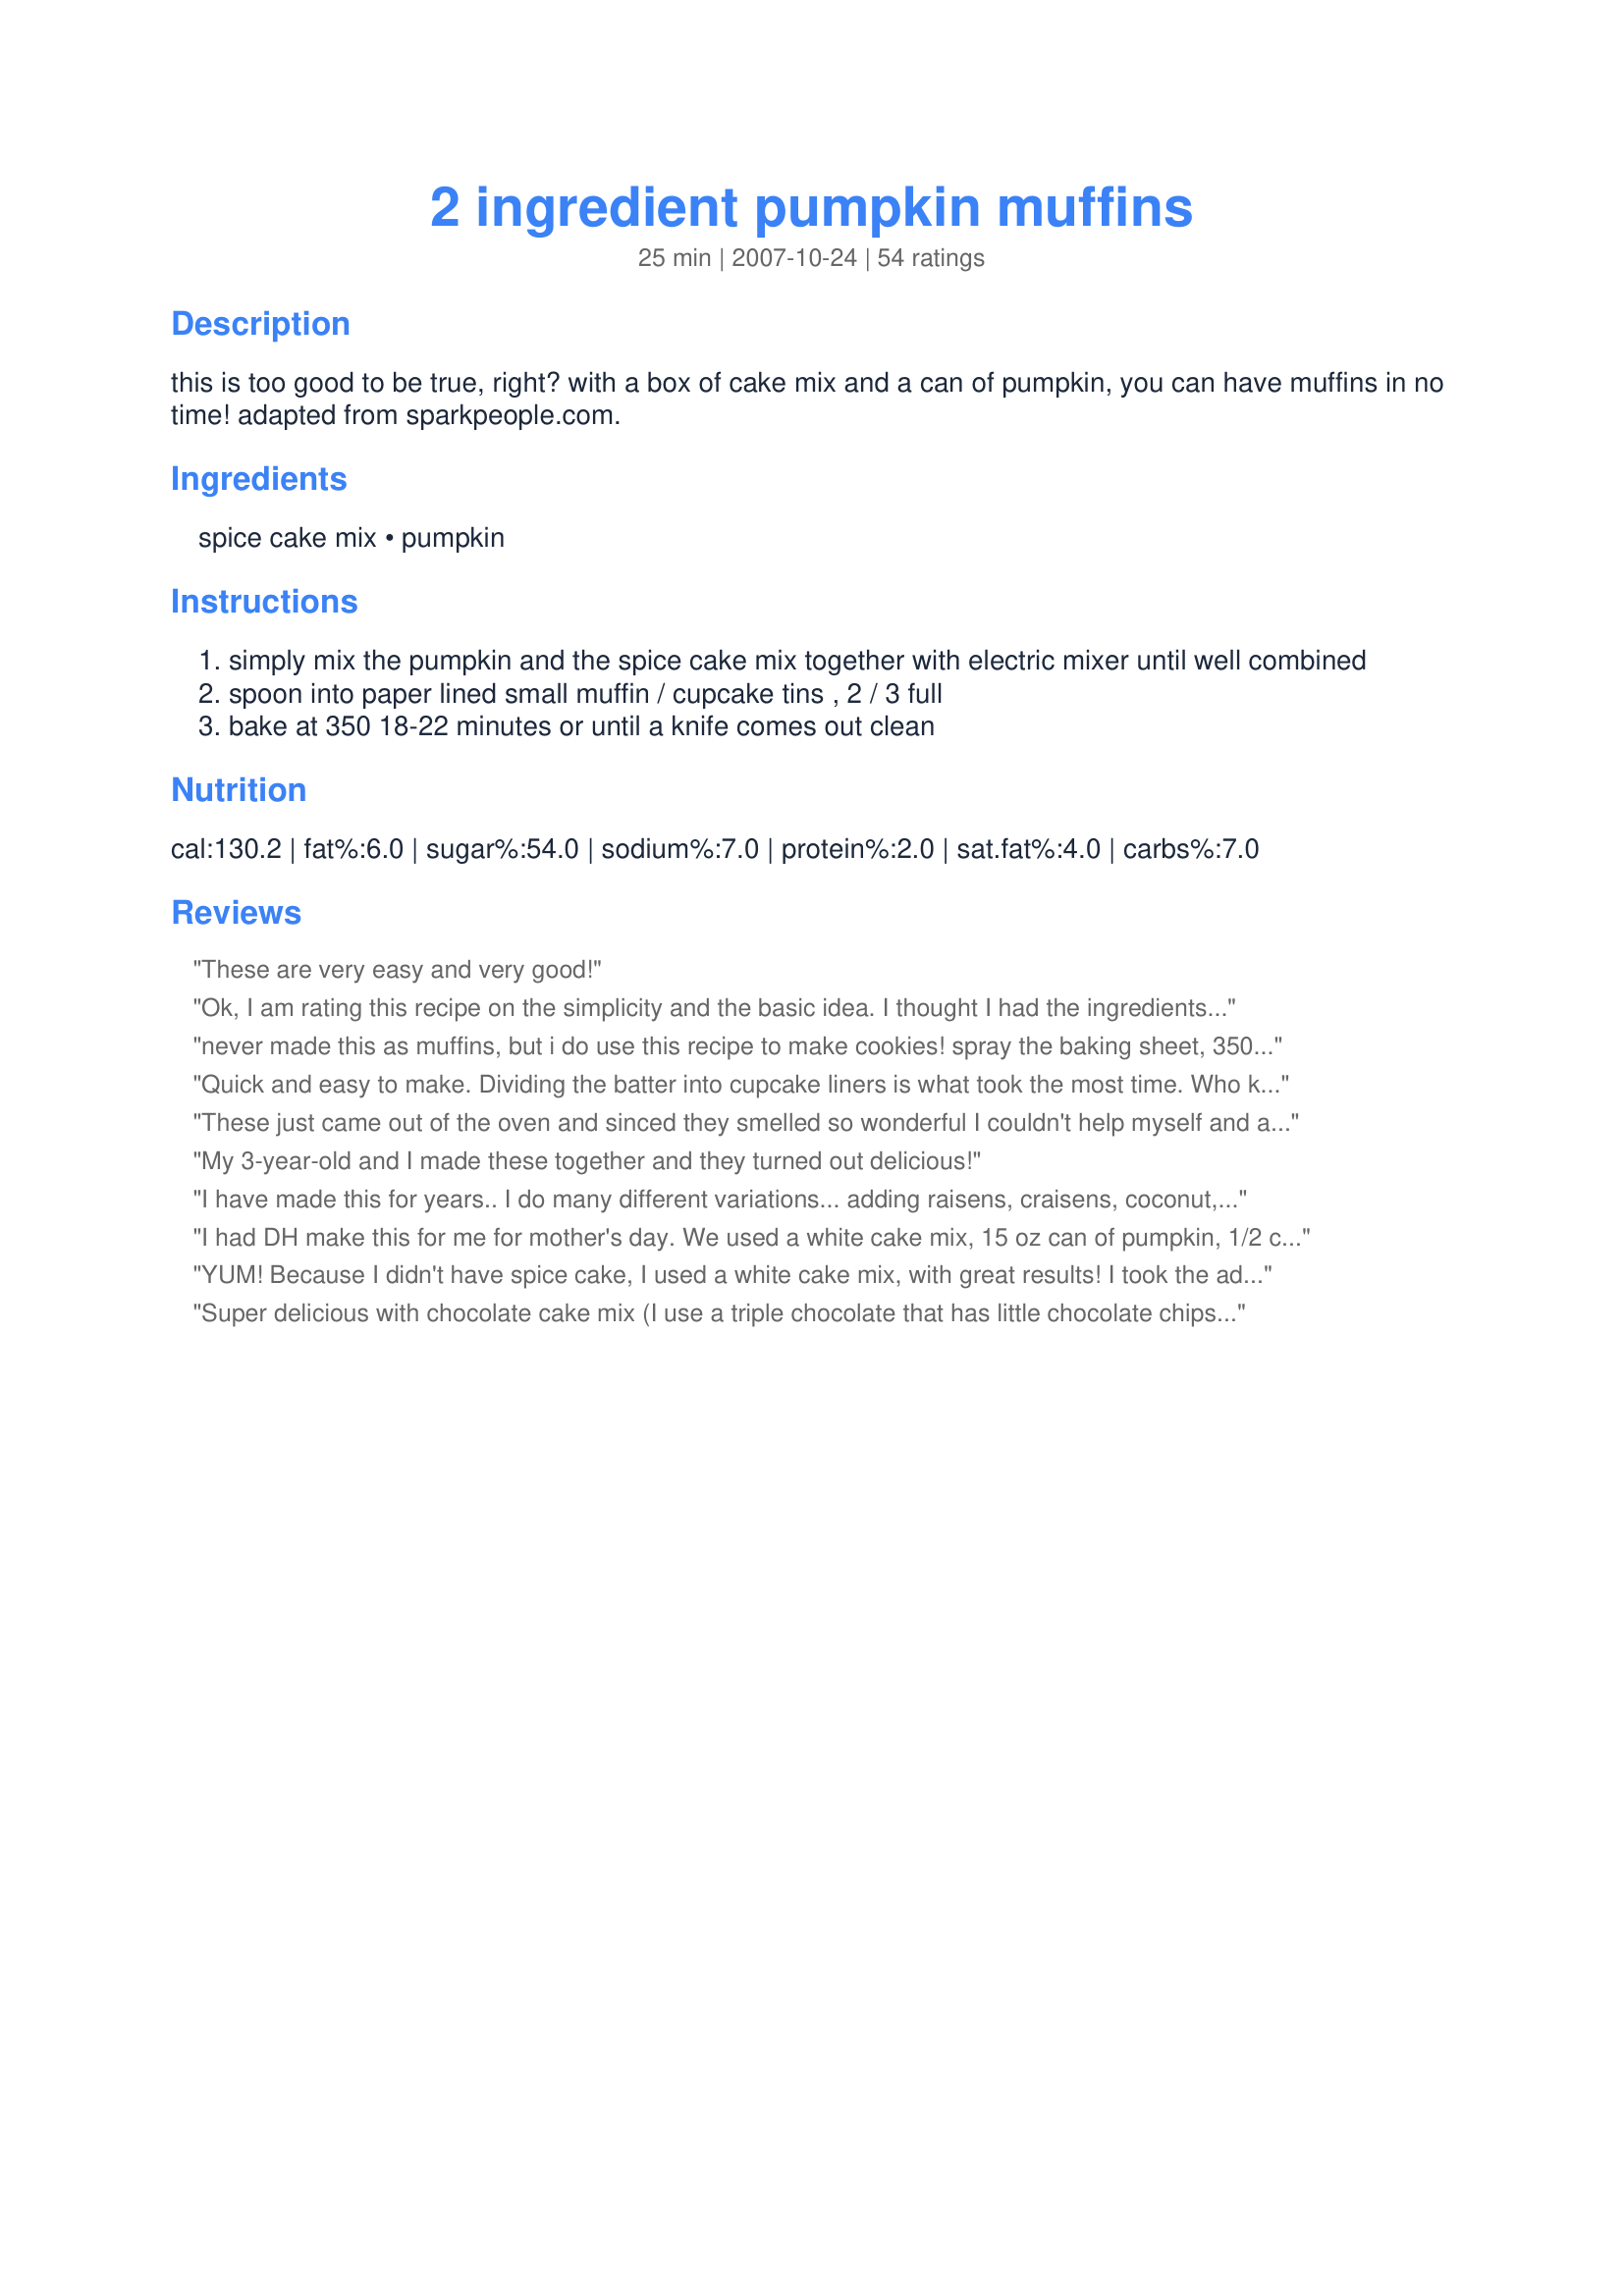
2 ingredient pumpkin muffins
Preparation time: 25 minutes

this is too good to be true, right? with a box of cake mix and a can of pumpkin, you can have muffins in no time! adapted from sparkpeople.com.

Ingredients:
spice cake mix, pumpkin

Steps:
simply mix the pumpkin and the spice cake mix together with electric mixer until well combined
spoon into paper lined small muffin / cupcake tins , 2 / 3 full
bake at 350 18-22 minutes or until a knife comes out clean

Reviews:
These are very easy and very good!
Ok, I am rating this recipe on the simplicity and the basic idea. I thought I had the ingredients on hand (I mean, come on, there's only two of them!), but alas I only had pumpkin pie mix. Soooo, what I decided to do was use the pumpkin pie mix that has all of the spices and sub a yellow cake mix for the spice cake mix! Worked like a charm! These are so moist and delicious! I can't wait to try with other flavor combinations. Thanks so much!
never made this as muffins, but i do use this recipe to make cookies! spray the baking sheet, 350 degrees, about 10 minutes. makes a very soft cookie, sprinkle with powdered sugar when cooled. great with coffee.
Quick and easy to make. Dividing the batter into cupcake liners is what took the most time. Who knew something so simple to whip up would be so tasty to eat.
These just came out of the oven and sinced they smelled so wonderful I couldn't help myself and ate one hot. WASN'T dissapointed! I was very skeptical about this recipe. I have made choc-chip cookies with a cake mix but they came out awful but these are so moist and have a wonderful texture. As an added bonus SO easy. Thanks so much!
My 3-year-old and I made these together and they turned out delicious!
I have made this for years.. I do many different variations... adding raisens, craisens, coconut, nuts and glaze. They are always moist and delicious. The only thing I have never done is put them in muffin form. I usually use a small ice cream scoop and put on a pan so they make little cake like cookies.
I had DH make this for me for mother's day. We used a white cake mix, 15 oz can of pumpkin, 1/2 c. water, and a few spices. I asked for it because I'm following weight watchers and this is a pretty low-cal treat. The whole family loved it. Plus it's fool-proof.
YUM! Because I didn't have spice cake, I used a white cake mix, with great results! I took the advice of previous reviews and added some cinnamon and pumpkin pie spice. Then for a little more moistness, I added about a 1/4 C apple butter. Thanks for a keeper!
Super delicious with chocolate cake mix (I use a triple chocolate that has little chocolate chips in them). I add 1/4 c water (no more than that) to make them a little easier to scoop. I make these by the truckload and give them out to my very appreciative neighbors. Moist and chocolatey without being super sweet. And it's practically a vegetable :o)
I&#039;m no cook but I do very occasionally bake so I thought I&#039;d give these a try and they came out just fine. Another review said it was too hard to mix but using a hand blender worked just fine. Next time I would use a spice cake mix instead of yellow cake and add pumpkin pie spice. They&#039;re not super sweet so I think a vanilla glaze would be good too. Otherwise they&#039;re pretty tasty and, of course, super easy.
I used carrot cake mix instead of spice and added raisins, yummy!
Very good and easy to make. Thanks!
I made these exactly as the recipe instructed, and I was a bit disappointed. The muffins taste pretty bland, and are somewhat dry. My husband said they'd be OK with coffee, probably. If I make them again, I'll add a few more ingredients, maybe more pumpkin pie spices or apple sauce...something to give them more flavor and moisture.
Amazing! While still warm, try slathering them with cheesecake flavor cream cheese. WOW!!!!
These are incredible! So easy and so delicious! I added some nutmeg, cinnamon, cloves and chocolate chips. Yummy!
I really wanted to love these, because I love pumpkin. Followed directions, added a little cinnamon per some reviewers' advice. Unfortunately, they did not turn out well for me.
Delicious and SO easy! I added a couple sprinkles of cinnamon and pumpkin pie spice plus a little under 1/4 cup of pumpkin spice coffee creamer. I made some regular muffins and some mini-muffins; I used a little mini ice-cream scooper for filling the mini-muffins and it was sooo much easier. The minis cooked for 18 minutes, the regulars cooked for about 24 minutes. Thanks so much for this great recipe!!
My family did not like these they were toooo heavy. Box of cake and can of pumpkin wasted. We really wanted to love this because of the two ingredient factor. Sorry!
Very easy. I used 15 oz of canned pumpkin pie mix and yellow cake mix. Very moist! Added raisins and pecans. Drizzled sour cream icing on top of muffin. Wonderful!
WOW! All that flavor with only 2 ingredients!?! I did "kick" these muffins up a bit by making a cheesecake like filling then topping them with a brown sugar mix. Doing that reminded me of starbucks pumpkin muffins. But sssoooo much tastier. I made two plain muffins which were still very good. My husband wanted to eat the mix! I have 6 words to describe these muffins..... Easy Easy Easy and Tasty Tasty Tasty:D
Made these tonight with a yellow cake mix and added 2 tsp. Pumpkin Pie Spice. Batter is dry but keep mixing to get the most lumps of mix out. They don't absorb like regular muffins do because they don't have a lot of liquid in the mix. They are really good. Will try with raisins next time. A light glaze drizzled on top would be good too. Was crazy about texture but tasted good. Husband loved them.
I've been making this recipe for years. My favorite version uses Trader Joe's Orange Cranberry Muffin mix and canned pumpkin. So easy, so nutritious, so delicious!
I&#039;m baking these now. The batter is tasty and the house smells wonderful. I&#039;m so glad that I found this simple recipe!
Very easy recipe, no tweaks and the taste is great. My family loves these pumpkin muffins eventhough they are not pumpkin flavored fans.
I used spice cake mix, one can of pure pumpkin, 1 egg, approximately 1/2 cup applesauce, a few sprinkles of cinnamon, and a few sprinkles of pumpkin pie spice. Then, I divided the mixture into 4: 1 plain; 1 with golden raisins; 1 with mini chocolate chips; and 1 with walnuts (that I toasted before hand). After filling mini muffin pans, I topped each one with what the added item was so as to let everyone know what's what. Baked at 350 for 15 minutes - no paper on the muffin tin - sprayed well with cooking spray so they popped right out - moist and delicious - something for everyone! I have made these before with chocolate cake mix and added an egg, cinnamon, apple sauce and toasted pecans - another winner!
I used pumpkin pie mix instead of plain pumpkin, added an egg, walnuts and coconut. I would have added white chocolate chips, but I didn&#039;t have any...will next time They were good!
These are so easy to make and they smell divine! Mine also rose a little and they were nice and moist, almost fluffy. I added a teaspoon or two to the batter. Cinnamon is an absolute MUST for me when making anything pumpkin. They taste quite good, but I think that I would like these better if they were slightly sweeter.....
Such a great fall treat that's semi-guilt free! :) I used yellow cake mix to which I added 1/4 tsp pumpkin pie spice. Topped with sugar free white icing - so yummy! It's a keeper, thanks for sharing!
This recipe rocks!! I forgot to review this, but it's become a fantastic weekend morning addition to breakfast. So easy & so YUMMY!! We've even used vanilla cake mix & added cinnamon &/or pumpkin pie spice...it's a keeper Thanks
The best part of this recipe was only having 2 ingredients! They tasted fine, however, they were way too moist and crumbly. We ended up eating them on a plate with forks. Maybe I needed to bake longer (?).
These are soooo easy.I had a spice cake mix..aded 1 tsp Pumpkin pie mix and the can of pumpkin..it was so stiff I could barely mix it so I added 1 egg beaten with 1 tablespoon of water and they were perfect..next time I will add cranberries and maybe some chopped walnuts..if I can keep my husband out of them long enough I think cream chees glaze will be the finishing touch. My husband just said they are better than the ones I pay 4$ a dozen for and probably healthier!
Add 3/4 cup of cinnamon chips. Wonderful flavor.
Made this with a gluten-free cake mix and was pleasantly surprised with this simple recipe. : )
My daughter-in-law has been making these muffins for at least the past four years and everybody is fascinated with them because they are made so easily with only two ingredients -- but also because they taste so good!
Just made these! Easy and very tasty!!!! The only thing I did differently was add a preportioned cup of applesauce (about 1/3 cup). Very very good and worth trying!!!
anyone know the nurtrition info on these? specifically calories and fat content...
This was simple and delicious. I recommend using the Simply Balanced Organic 100% Pumpkin from Target in this recipe. I used a 6 muffin pan and have been having one of these for breakfast every morning.
Wonderful! Just tried this recipe after seeing it posted on Facebook. I used the spice cake mix and after reading all the reviews, I also made some adjustments. I used 2 Tbl of milk, 1 egg and since I didn&#039;t have applesauce, I peeled and minced an apple. I amped up the spices, because I love &quot;fall&quot; spices. Used another tsp of cinnamon and a 1/2 tsp of pumpkin spice. Threw in a handful of raisins, too! I also used my electric beater and an ice cream scoop, as it is a very thick and stiff batter. I cooked them at 325 for 25 minutes. They turned out perfectly. Very moist and held together completely. My husband is not a pumpkin fan, but he inhaled one as soon as they cooled! Happy eating!
5 for taste but these were very crumbly. I used a cake mix that asked for egg and milk to be added to it. Perhaps if I has used a cake mix that only requested water it would have had a better "sticking together" texture.
We loved these! These were so easy to make and were so tasty. I followed the recipe exactly as written. I cooked mine for 22 minutes and they were perfect. I will be making these more often.
I just got through being these as we speak, one bite and...mmmmmmm!
I added 4 Tablespoons of water, 1 egg plus added pumpkin spice ( dash or two) and a bit of nutmeg.
4 Tblsp= 1/4 cup= 2oz.
it is very moist and the butter should on names it heavenly..
you never know there is pumpkin in the mix, the only dead giveaway is the color.
WOW...soooooooooo moist. Added cinnamon, nutmeg, and 1/4 cup water like another reviewer stated. Added walnuts and M&amp;M&#039;s too. EXCELLENT! Thank you Karen ! Will definitely make this again and will share this recipe with my friends. Baked mine 18 minutes exactly in my electric oven at 350 degrees.
Wow! These are so moist and delicious that it's hard to believe there's nothing more than cake mix and pumpkin. I used devils food cake mix instead of the spice cake and they turned out very fudgy and yummy without being overly sweet. They have a great texture too. This made 24 mini muffins and 5 regular sized muffins. Thanks for posting!
These were surprisingly very good! The texture was a bit different, but not bad. I added a few raisins and frosted half of them with cream cheese frosting. Good with or without the frosting. Thanks for sharing the simple though amazing recipe.
Used Make Your Own Cake Mix, Recipe #192436, with this. I use the basic recipe and add 1 1/2 - 2 teas pumpkin pie spice. If I am using store bought pumpkin, I add 1/4 c water. If I am using home processed pumpkin, I do not add water. &lt;br/&gt;&lt;br/&gt;Easy &amp; tasty!
Instead of making muffins, could you also make a 9X13 cake with the ingredients and perhaps just adjust the baking time?
So I was worried about the density, so i added 1 egg white, 1/3 cup of applesauce, then for flavor a tsp of vanilla and about of tbsp of pumpkin pie spice. then on one half i just did a light sprinkle of sugar on top and on the other half a few dark chocolate chips. My husband who could not understand why I was breaking out the pumpkin recipes so early in the season, now he completely understands and is encouraging my pumpkin baking adventures.
I made these yesterday and added some cinnamon, a bit of vegitable oil and a bag of semi-sweet chocolate chips. Then spinkled the top with some dark brown suger. They didn't out wonderful! A great treat for Halloween. Thanks for the recipe!
Wow! These are incredible. I added a little cinnamon and 1/4 Cup of milk... can't believe how easy these are, and they turned out perfect.
Quick and easy! Whipped together melted white chocolate chips and cream cheese with a little cinnamon and drizzled it on top. Yum.
Great easy recipe for cookies. I also add a package of chocolate chips and frost these with cream cheese frosting. Very easy cookies or muffins and people will think you were slaving in the kitchen!
So good and easy. Added 3/4 cup choco chip. made 12 muffins at 15 min and 1 small loaf at about 21 min or so. Boys want them again for Thanksgiving.
I added some leftover applesauce to this about 1/3 cup but don&#039;t recommend it. Texture was gummy. I even put them back in the oven for awhile, which didn&#039;t help. I also used paper liners in the muffin tin, and could not remove the paper from the muffin without tearing up the muffin. Don&#039;t recommend that. Overall disappointed.
